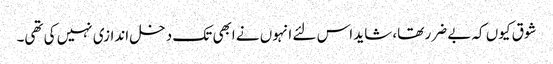
شوق کیوں کہ بے ضرر تھا، شاید اس لئے انہوں نے ابھی تک دخل اندازی نہیں کی تھی۔